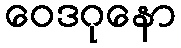
ဝေဒဂုနော